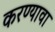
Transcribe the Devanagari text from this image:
करण्यावा